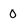
Character: 0